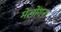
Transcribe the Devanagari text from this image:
मेलोंगना